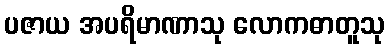
ပဇာယ အပရိမာဏာသု လောကဓာတူသု